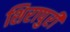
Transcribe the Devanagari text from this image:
शिरापुरी